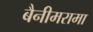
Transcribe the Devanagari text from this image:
बैनीमरामा